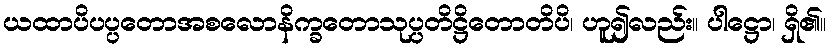
ယထာပိပပ္ပတောအစလောနိက္ခတောသုပ္ပတိဋ္ဌိတောတိပိ၊ ဟူ၍လည်း။ ပါဋ္ဌော၊ ရှိ၏။